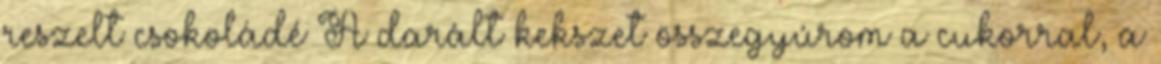
reszelt csokoládé A darált kekszet összegyúrom a cukorral, a